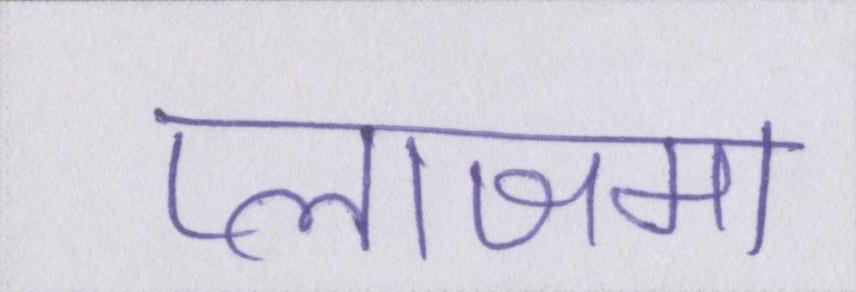
प्लाजमा